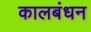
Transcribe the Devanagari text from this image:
कालबंधन